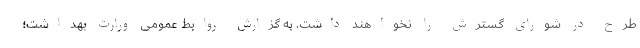
طرح در شورای گسترش را نخواهند داشت. به گزارش روابط عمومی وزارت بهداشت؛